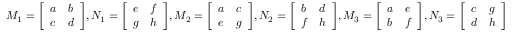
M _ { 1 } = { \left[ \begin{array} { l l } { a } & { b } \\ { c } & { d } \end{array} \right] } , N _ { 1 } = { \left[ \begin{array} { l l } { e } & { f } \\ { g } & { h } \end{array} \right] } , M _ { 2 } = { \left[ \begin{array} { l l } { a } & { c } \\ { e } & { g } \end{array} \right] } , N _ { 2 } = { \left[ \begin{array} { l l } { b } & { d } \\ { f } & { h } \end{array} \right] } , M _ { 3 } = { \left[ \begin{array} { l l } { a } & { e } \\ { b } & { f } \end{array} \right] } , N _ { 3 } = { \left[ \begin{array} { l l } { c } & { g } \\ { d } & { h } \end{array} \right] }